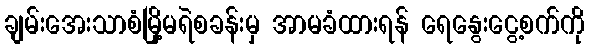
ချမ်းအေးသာစံမြို့မရဲစခန်းမှ အာမခံထားရန် ရေနွေးငွေ့စက်ကို